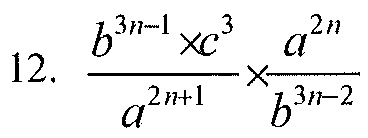
12. \(\frac{b^{3n - 1}\times c^{3}}{a^{2n + 1}}\times\frac{a^{2n}}{b^{3n - 2}}\)